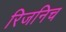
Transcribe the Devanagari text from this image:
रिजनिच